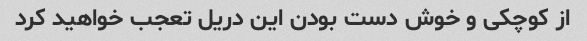
از کوچکی و خوش دست بودن این دریل تعجب خواهید کرد